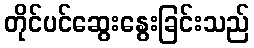
တိုင်ပင်ဆွေးနွေးခြင်းသည်